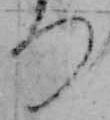
つ